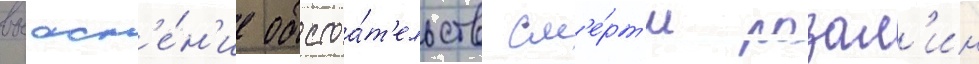
выасн'е́н'ие обстоа́т'ельств см'е́рт'и розал'ин